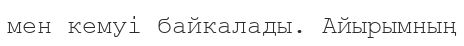
мен кемуі байкалады. Айырымның